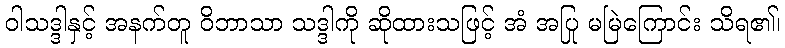
ဝါသဒ္ဒါနှင့် အနက်တူ ဝိဘာသာ သဒ္ဒါကို ဆိုထားသဖြင့် အံ အပြု မမြဲကြောင်း သိရ၏၊